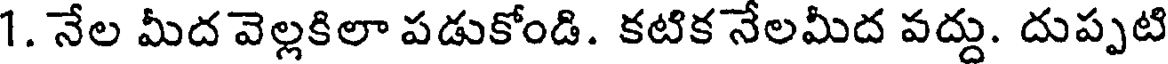
1. నేల మీద వెల్లకిలా పడుకోండి. కటిక నేలమీద పద్దు. దుప్పటి